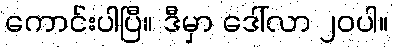
ကောင်းပါပြီ။ ဒီမှာ ဒေါ်လာ ၂၀ပါ။